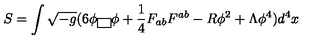
S = \int \sqrt { - g } ( 6 \phi \fbox { } \phi + \frac { 1 } { 4 } F _ { a b } F ^ { a b } - R \phi ^ { 2 } + \Lambda \phi ^ { 4 } ) d ^ { 4 } x